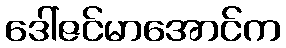
ဒေါ်ဇင်မာအောင်က